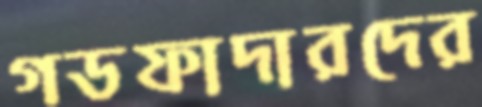
গডফাদারদের